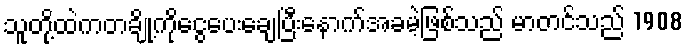
သူတို့ထဲကတချို့ကိုငွေပေးချေပြီးနောက်အခမဲ့ဖြစ်သည် မာတင်သည် 1908